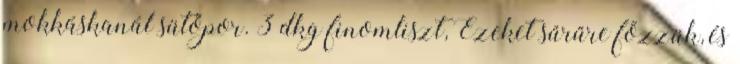
mokkáskanál sütőpor. 3 dkg finomliszt, Ezeket sűrűre főzzük, és